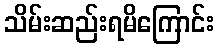
သိမ်းဆည်းရမိကြောင်း